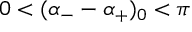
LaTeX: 0 < ( \alpha _ { - } - \alpha _ { + } ) _ { 0 } < \pi \,